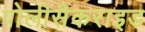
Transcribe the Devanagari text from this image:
पोलीसैकराइड